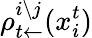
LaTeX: \rho_{t\leftarrow}^{i\setminus j}(x_{i}^{t})